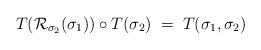
LaTeX: \begin{align*} T(\mathcal{R}_{\sigma_{2}}(\sigma_{1}))\circ T(\sigma_{2}) \; = \; T(\sigma_{1}, \sigma_{2})\end{align*}